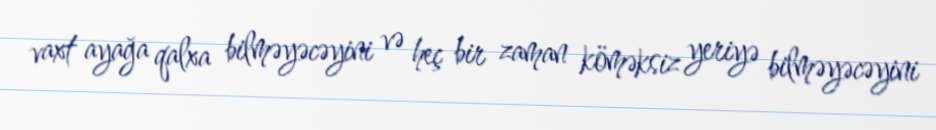
vaxt ayağa qalxa bilməyəcəyini və heç bir zaman köməksiz yeriyə bilməyəcəyini